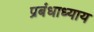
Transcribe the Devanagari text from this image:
प्रबंधाध्याय